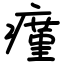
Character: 瘽